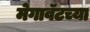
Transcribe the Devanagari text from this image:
मेगावॅटच्या